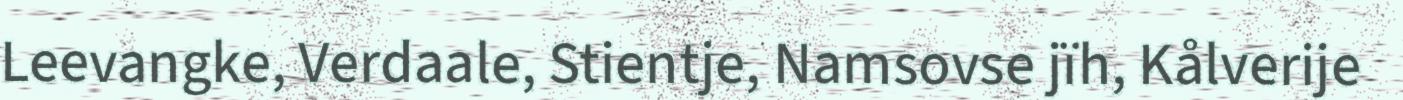
Leevangke, Verdaale, Stientje, Namsovse jïh, Kålverije